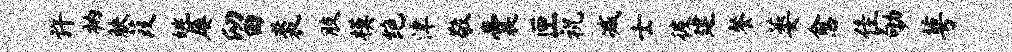
许衲觖葭姚屡留裘肢模绝津敬囊匣祝减士彼建餐萎愈隹劬萼